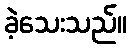
ခဲ့သေးသည်။